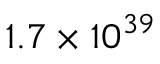
1 . 7 \times 1 0 ^ { 3 9 }